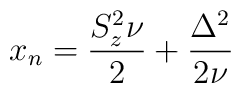
x_n = \frac{S_z^2 \nu}{2} + \frac{\Delta^2}{2\nu}